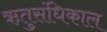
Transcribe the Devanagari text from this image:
ऋतुसंधिकाल